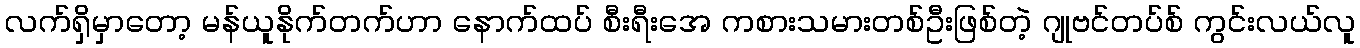
လက်ရှိမှာတော့ မန်ယူနိုက်တက်ဟာ နောက်ထပ် စီးရီးအေ ကစားသမားတစ်ဦးဖြစ်တဲ့ ဂျုဗင်တပ်စ် ကွင်းလယ်လူ